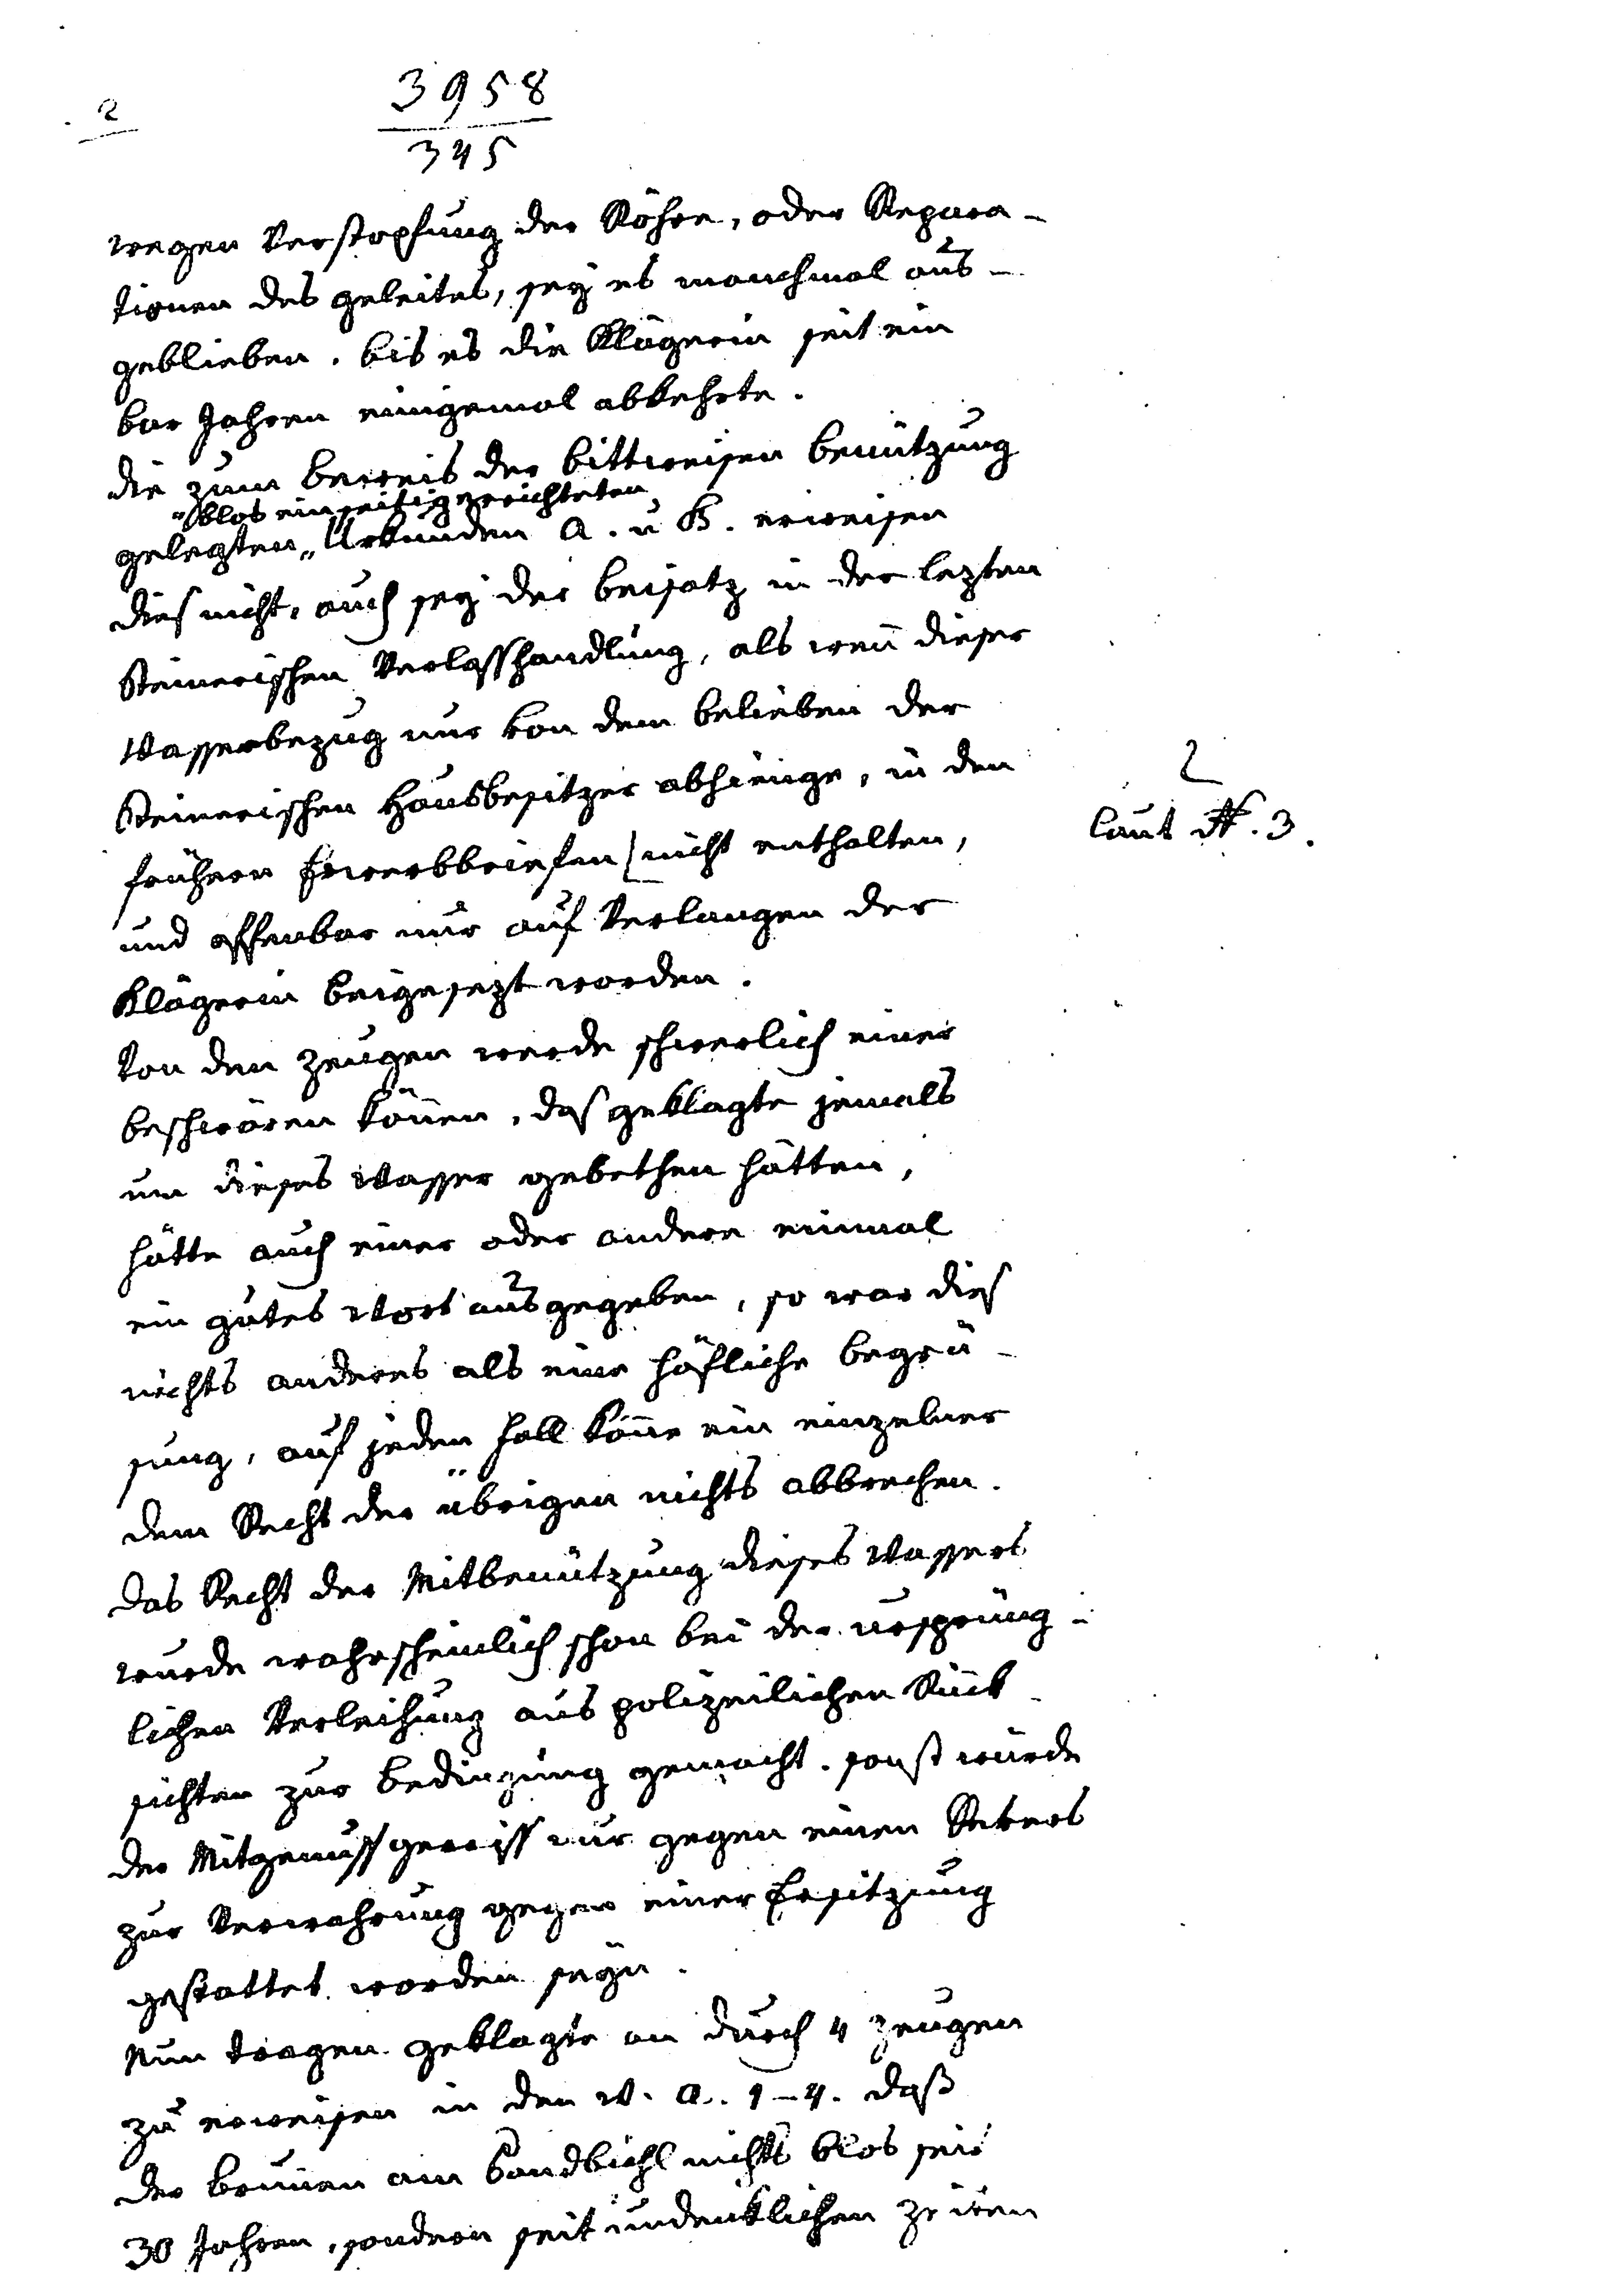
2
3958
345
wegen Verstopfung der Röhre, oder Repara¬
tionen des geleites, sey es manchmal aus¬
geblieben. Bis es die Klägerin seit ein
bar Jahren einigemal abkehrte.
Die zum Beweis der bittweisen Benutzung
" blos einseitig errichteten
gelegten " Urkunden A. u. B. erweisen
dies nicht, auch sey der Beisatz in der lezten
Steinerischen Verlasshandlung, als wenn dieser
Wasserbezug nur von den Belieben der
Steinerischen Hausbesitzer abhienge, in den
frühern Erwerbbriefen / nicht enthalten,
und offenbar nur auf Verlagen der
Klägerin beigesezt worden.
Von den Zeugen werde schwerlich einer
beschwören können, daß Geklagte jemals
um dieses Wasser gebethen hätten,
hätte auch einer oder anderer einmal
ein gutes Wort aus gegeben, so war dies
nichts anders als eine höfliche Begrü¬
sung, auf jeden Fall könne ein einzelner
dem Recht der übrigen nichts abbrechen.
Das Recht der Mitbenützung dieses Wassers
wurde wahrscheinlich schon bei der ursprüng¬
lichen Verleihung aus polizeilichen Rück¬
sichten zur Bedingung gemacht. sonst würde
der Mitgenuss gewiss nur gegen einen Revers
zur Verwahrung gegen einer Ersitzung
gestattet worden seyn.
Nun tragen Geklagte an durch 4 Zeugen
zu erweisen in den W. A. 1-4 daß
der Brunnen am Sandbichl nicht blos seit
30 Jahren, sondern seit undenklichen Zeiten

2
laut N. 3.